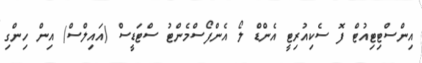
އިންސްޓިޓިއުޓް ފޮ ސެކިއުރިޓީ އެންޑް ލޯ އެންފޯސްމެންޓު ސްޓަޑީސް (އައިލްސް) އިން ހިންގި